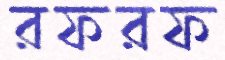
রফরফ